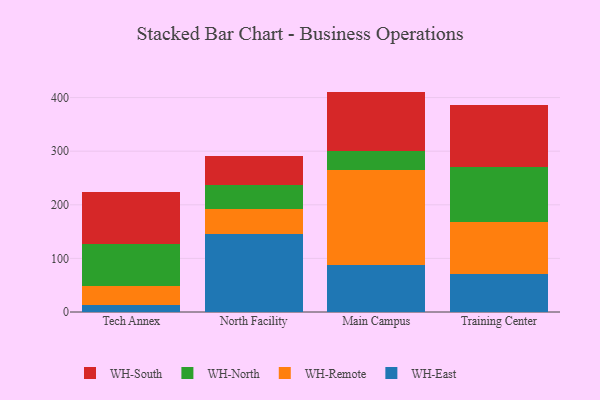
{"axis": {"x": "Campus", "y": "Gross Profit (USD K)"}, "legend": ["WH-East", "WH-North", "WH-Remote", "WH-South"], "data": [{"x": "Tech Annex", "y": 14.0, "type": "WH-East"}, {"x": "Tech Annex", "y": 35.4, "type": "WH-Remote"}, {"x": "Tech Annex", "y": 76.8, "type": "WH-North"}, {"x": "Tech Annex", "y": 98.0, "type": "WH-South"}, {"x": "North Facility", "y": 145.5, "type": "WH-East"}, {"x": "North Facility", "y": 46.7, "type": "WH-Remote"}, {"x": "North Facility", "y": 44.3, "type": "WH-North"}, {"x": "North Facility", "y": 54.7, "type": "WH-South"}, {"x": "Main Campus", "y": 88.6, "type": "WH-East"}, {"x": "Main Campus", "y": 176.4, "type": "WH-Remote"}, {"x": "Main Campus", "y": 36.2, "type": "WH-North"}, {"x": "Main Campus", "y": 110.0, "type": "WH-South"}, {"x": "Training Center", "y": 71.8, "type": "WH-East"}, {"x": "Training Center", "y": 95.2, "type": "WH-Remote"}, {"x": "Training Center", "y": 104.0, "type": "WH-North"}, {"x": "Training Center", "y": 114.9, "type": "WH-South"}]}